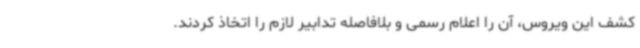
کشف این ویروس، آن را اعلام رسمی و بلافاصله تدابیر لازم را اتخاذ کردند.